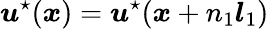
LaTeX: \boldsymbol{u}^{\star}(\boldsymbol{x})=\boldsymbol{u}^{\star}(\boldsymbol{x}+n_{1}\boldsymbol{l}_{1})